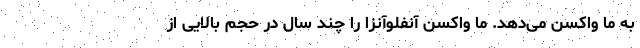
به ما واکسن می‌دهد. ما واکسن آنفلوآنزا را چند سال در حجم بالایی از